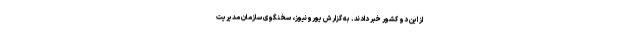
از این دو کشور خبر دادند. به گزارش یورونیوز، سخنگوی سازمان مدیریت